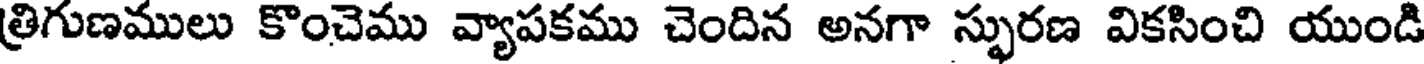
త్రిగుణములు కొంచెము వ్యాపకము చెందిన అనగా స్ఫురణ వికసించి యుండి